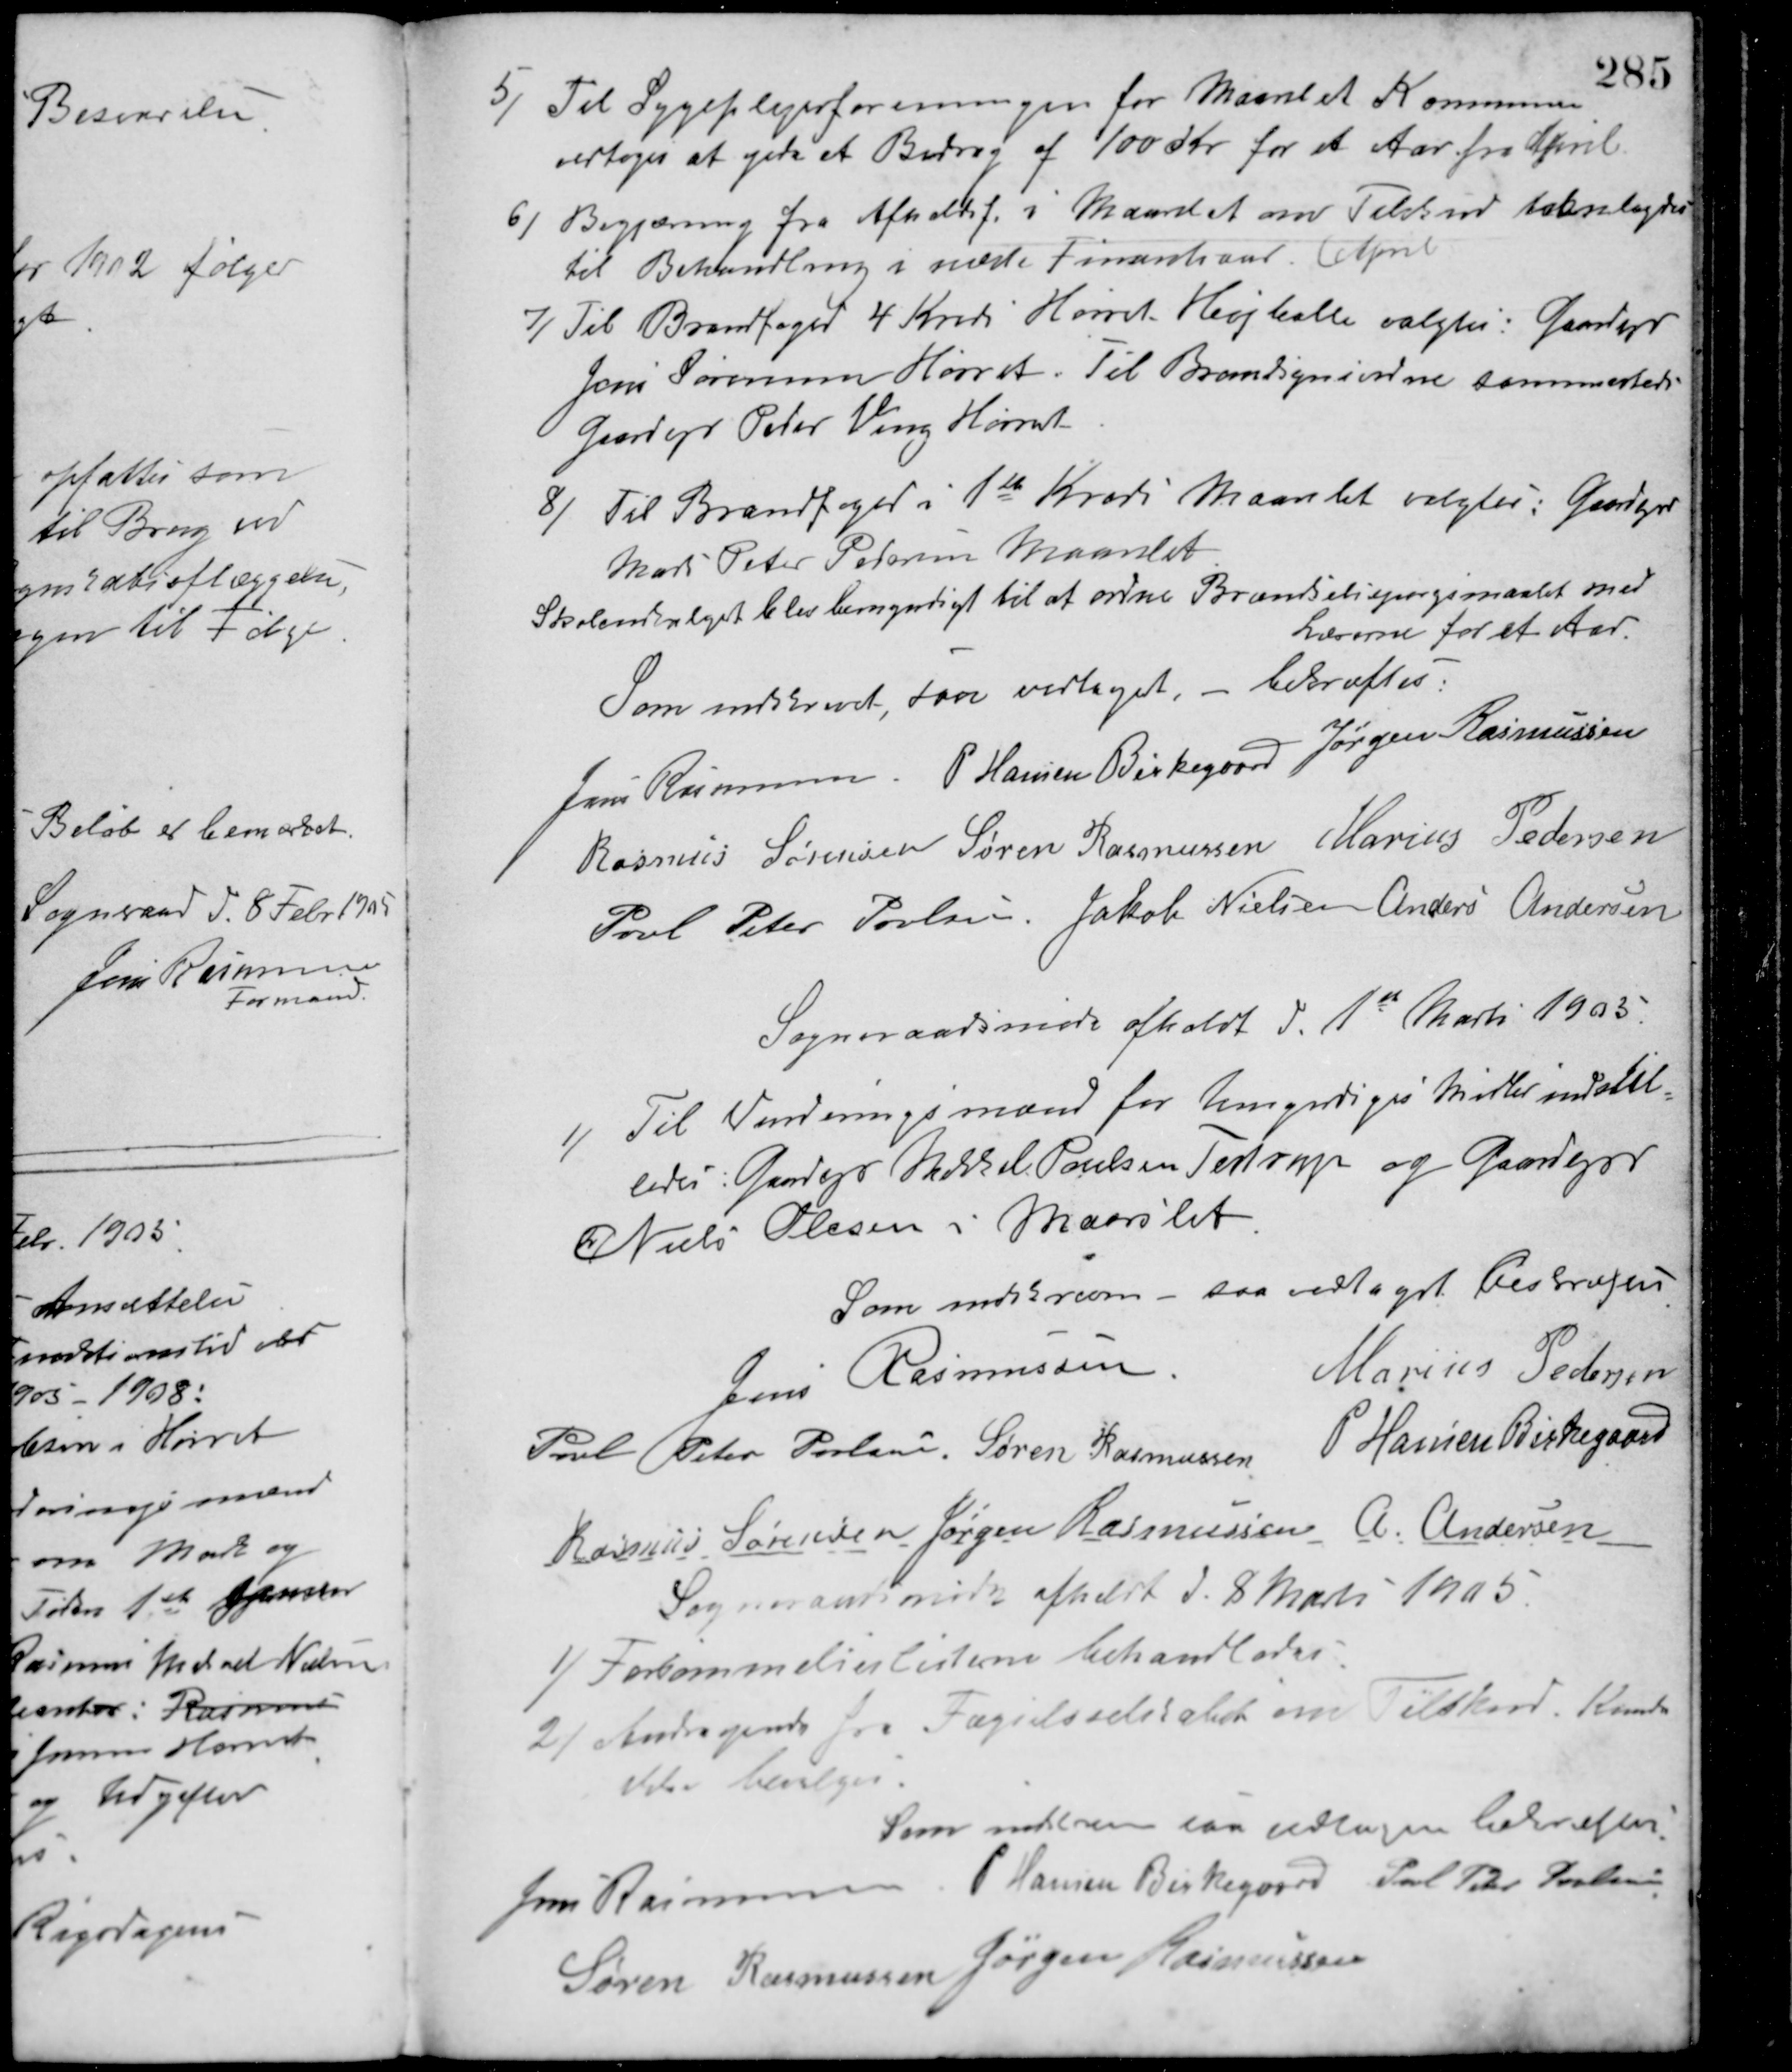
Transskription:
5/ Til Sygeplejerforeningen for Maarslet Kommune
vedtoges at yde et Bidrag af 100 Kr. for et Aar fra April.
6/ Begjæring fra Afholdsf. i Maarslet om Tilskud fremlagdes
til Behandling i næste Finanstiaar. (April
7/ Til Brandfoged 4 Kreds Hørret Højballe valgtes: Gaardejer
Jens Sørensen Hørret. Til Brandsynsvidne sammesteds
Gaardejer Peter Veng Hørret.
8/ Til Brandfoged i 1ste Kreds Maarslet valgtes: Gardejer
Mads Peter Petersen Maarslet.
Skoleudvalget blev bemyndiget til at ordne Brændselsspørgsmaalet med
Lærerne for et Aar.
Som indskrevet, saa vedtaget - bekræftes:
Jens Rasmussen P. Hansen Birkegaard Jørgen Rasmussen
Rasmus Sørensen Søren Rasmussen Marius Pedersen
Poul Peter Poulsen Jakob Nielsen Anders Andersen
Sogneraadsmøde afholdt d. 1ste Marts 1905.
1/ Til Vurderingsmænd for Umyndiges Midler indstil-
ledes: Gaardejer Mikkel Poulsen Testrup og Gaardejer
Niels Olesen i Maarslet.
Som indskreven - saa vedtaget bekræftes
Jens Rasmussen
Marius Pedersen
Poul Peter Poulsen Søren Rasmussen P. Hansen Birkegaard
Rasmus Sørensen Jørgen Rasmussen A. Andersen
Sogneraadsmøde afholdt d. 8 Marts 1905
1/ Forsømmelseslisterne behandledes.
2/ Andragende fra Fagelsselskabet om Tilskud. Kunde
ikke bevilges.
Som indskreven saa vedtaget bekræftes
Jens Rasmussen P. Hansen Birkegaard Poul Peter Poulsen
Søren Rasmussen
Jørgen Rasmussen